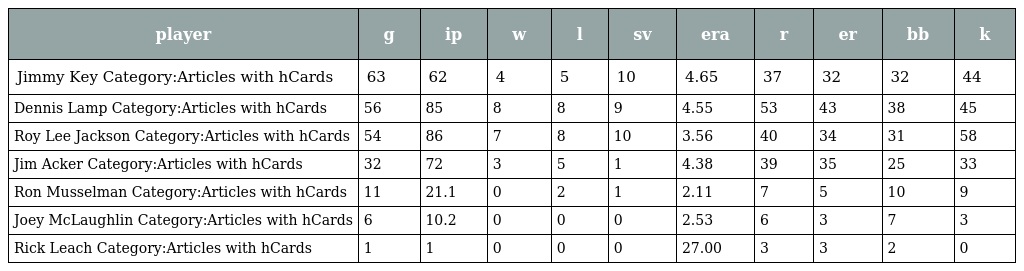
| player | g | ip | w | l | sv | era | r | er | bb | k |
 | --- | --- | --- | --- | --- | --- | --- | --- | --- | --- | --- |
 | Jimmy Key Category:Articles with hCards | 63 | 62 | 4 | 5 | 10 | 4.65 | 37 | 32 | 32 | 44 |
 | Dennis Lamp Category:Articles with hCards | 56 | 85 | 8 | 8 | 9 | 4.55 | 53 | 43 | 38 | 45 |
 | Roy Lee Jackson Category:Articles with hCards | 54 | 86 | 7 | 8 | 10 | 3.56 | 40 | 34 | 31 | 58 |
 | Jim Acker Category:Articles with hCards | 32 | 72 | 3 | 5 | 1 | 4.38 | 39 | 35 | 25 | 33 |
 | Ron Musselman Category:Articles with hCards | 11 | 21.1 | 0 | 2 | 1 | 2.11 | 7 | 5 | 10 | 9 |
 | Joey McLaughlin Category:Articles with hCards | 6 | 10.2 | 0 | 0 | 0 | 2.53 | 6 | 3 | 7 | 3 |
 | Rick Leach Category:Articles with hCards | 1 | 1 | 0 | 0 | 0 | 27.00 | 3 | 3 | 2 | 0 |